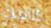
كلامك